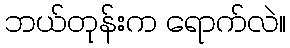
ဘယ်တုန်းက ရောက်လဲ။